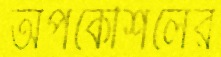
অপকৌশলের